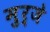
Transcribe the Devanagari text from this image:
मुर्जे